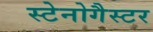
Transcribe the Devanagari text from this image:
स्टेनोगैस्टर